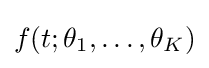
f(t;\theta _{1},\ldots ,\theta _{K})